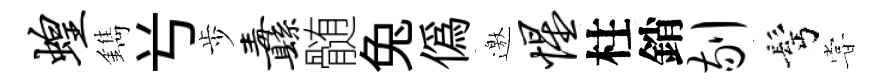
蝗鐫𠔃歩纛髄兔偽邀惺柱銷剔髩甞